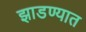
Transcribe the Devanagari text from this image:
झाडण्यात